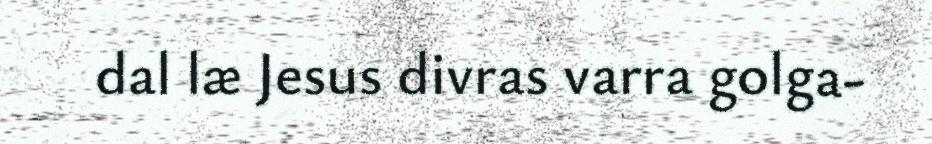
dal læ Jesus divras varra golga-